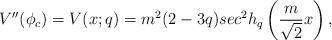
LaTeX: \begin{align*}V^{\prime \prime}(\phi_c)=V(x;q) =m^2(2-3q)sec^2h_q\left(\frac{m}{\sqrt 2}x \right),\end{align*}